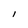
Character: I